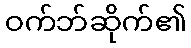
ဝက်ဘ်ဆိုက်၏